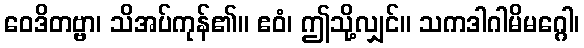
ဝေဒိတဗ္ဗာ၊ သိအပ်ကုန်၏။ ဧဝံ၊ ဤသို့လျှင်။ သကဒါဂါမိမဂ္ဂေါ၊